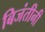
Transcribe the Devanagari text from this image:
बिजंतीनी